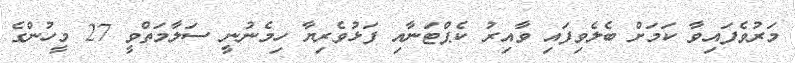
މަރުވެފައިވާ ކަމަށް ބެލެވިފައި ވާއިރު ކެޕްޓަނާއި ފަޅުވެރިޔާ ހިމެނުނީ ސަލާމަތްވީ 27 މީހުންގެ